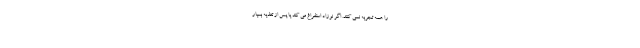
را همه تجربه نمی کنند. اگر نوزاد استفراغ می کند یا پس از تغذیه بسیار